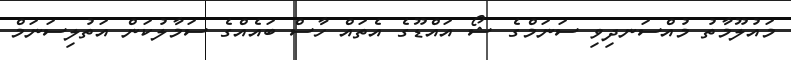
މައުލޫމާތު މުއްސަނދިވި ސަނަމްގެ ޝޯ އައްޑޫގެ އެތައް ހާސް ބައެއްގެ ސަމާލުކަން އަތުލިސަނަމް